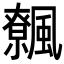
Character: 𩙂